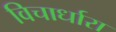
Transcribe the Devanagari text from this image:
विचार्धारा